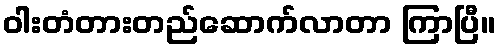
ဝါးတံတားတည်ဆောက်လာတာ ကြာပြီ။